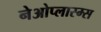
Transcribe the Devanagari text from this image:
नेओप्लास्म्स